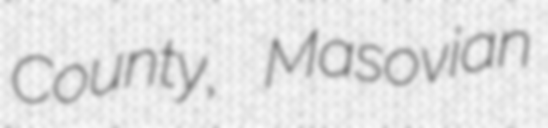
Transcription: County, Masovian